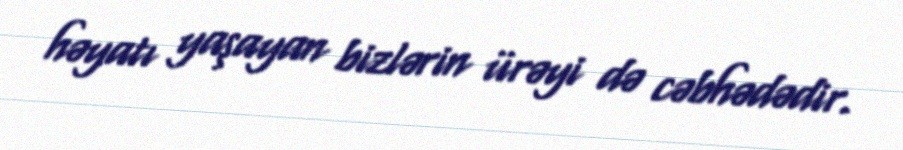
həyatı yaşayan bizlərin ürəyi də cəbhədədir.